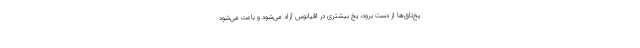
یخ‌تاق‌ها از دست برود، یخ بیشتری در اقیانوس آزاد می‌شود و باعث می‌شود